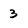
Character: 3